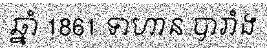
ឆ្នាំ 1861 ទាហាន បារាំង